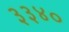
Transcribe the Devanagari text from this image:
३३४०